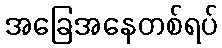
အခြေအနေတစ်ရပ်